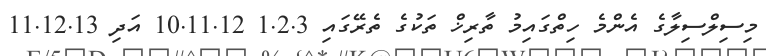
މިސިލްސިލާގެ އެންމެ ހިތްގައިމު ތާރިޚް ތަކުގެ ތެރޭގައި 1.2.3 10.11.12 އަދި 11.12.13